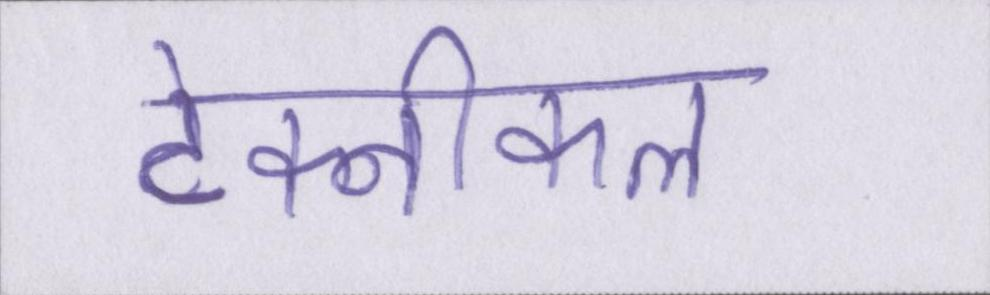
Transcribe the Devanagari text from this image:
टेक्नीकल